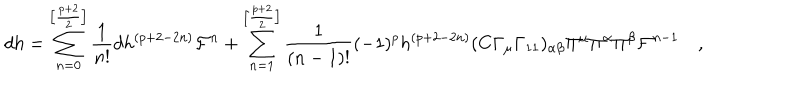
LaTeX: d h = \sum _ { n = 0 } ^ { \left[ \frac { p + 2 } { 2 } \right] } \frac { 1 } { n ! } d h ^ { ( p + 2 - 2 n ) } { \cal F } ^ { n } + \sum _ { n = 1 } ^ { \left[ \frac { p + 2 } { 2 } \right] } \frac { 1 } { ( n - 1 ) ! } ( - 1 ) ^ { p } h ^ { ( p + 2 - 2 n ) } ( C \Gamma _ { \mu } \Gamma _ { 1 1 } ) _ { \alpha \beta } \Pi ^ { \mu } \Pi ^ { \alpha } \Pi ^ { \beta } { \cal F } ^ { n - 1 } \quad ,